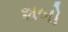
શબો